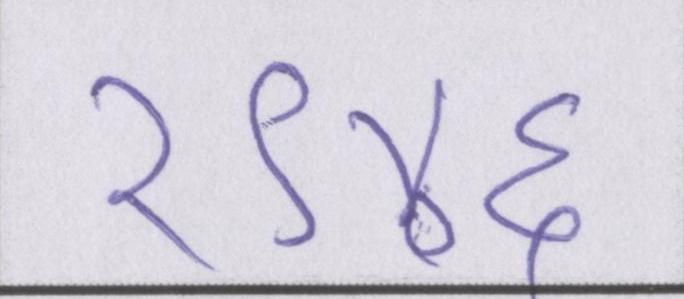
१९४६